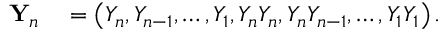
\begin{array} { r l } { { \bf Y } _ { n } } & { { } = \left( Y _ { n } , Y _ { n - 1 } , \ldots , Y _ { 1 } , Y _ { n } Y _ { n } , Y _ { n } Y _ { n - 1 } , \ldots , Y _ { 1 } Y _ { 1 } \right) . } \end{array}